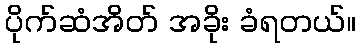
ပိုက်ဆံအိတ် အခိုး ခံရတယ်။